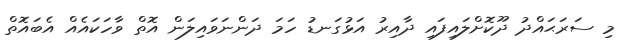
މި ސަރަޙައްދު ދޫކޮށްލައިފައި ދާއިރު އަޅުގަނޑު ހަމަ ދަންނަވައިލަން އޮތް ވާހަކައެއް އެބައޮތް